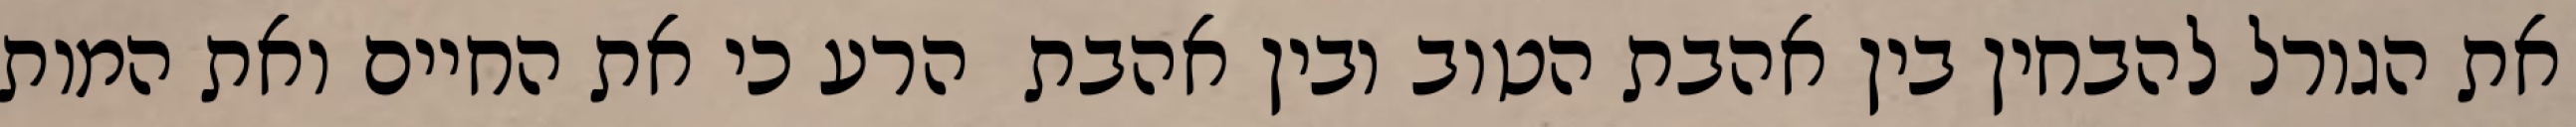
את הגורל להבחין בין אהבת הטוב ובין אהבת  הרע כי את החיים ואת המות